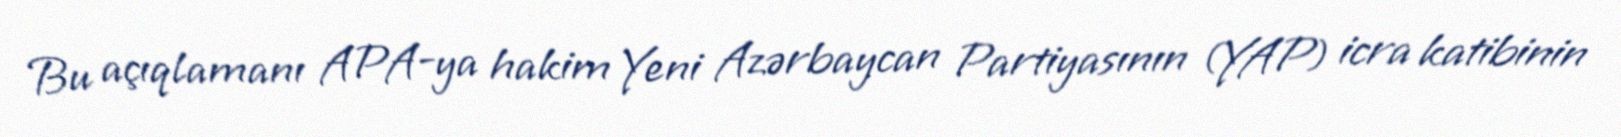
Bu açıqlamanı APA-ya hakim Yeni Azərbaycan Partiyasının (YAP) icra katibinin